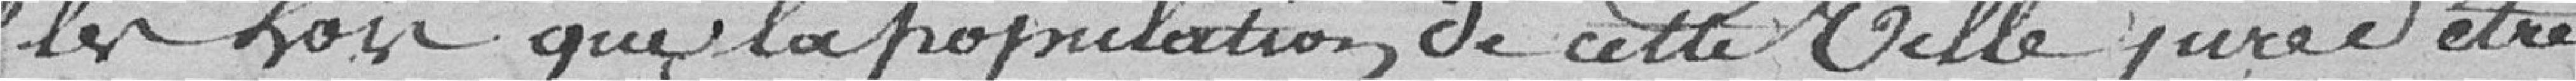
les lois que la population de cette ville jure d'être